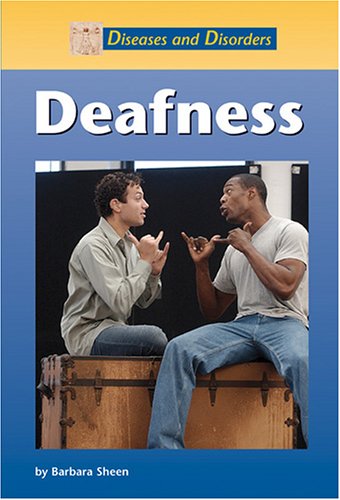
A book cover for Deafness (Diseases & Disorders); Barbara Sheen; Teen & Young Adult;